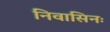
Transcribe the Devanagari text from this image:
निवासिनः